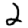
Digit: 2